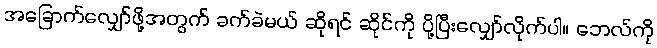
အခြောက်လျှော်ဖို့အတွက် ခက်ခဲမယ် ဆိုရင် ဆိုင်ကို ပို့ပြီးလျှော်လိုက်ပါ။ ဘေလ်ကို